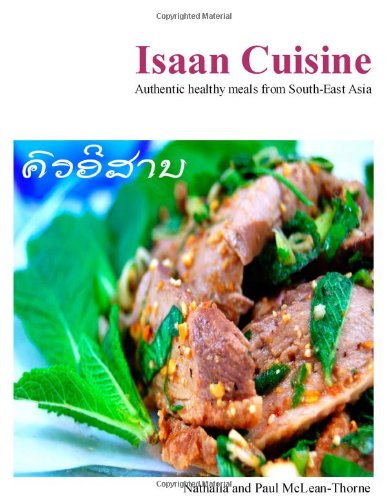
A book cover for Isaan Cuisine; Nathalia McLean-Thorne; Cookbooks, Food & Wine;